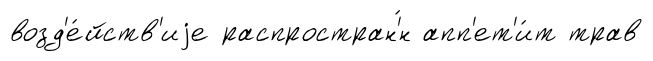
возд'е́йств'иjе распростран'́н апп'ет'и́т трав